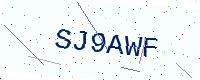
Text: SJ9AWF